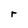
Character: r